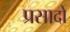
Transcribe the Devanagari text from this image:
प्रसादो